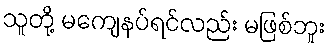
သူတို့ မကျေနပ်ရင်လည်း မဖြစ်ဘူး